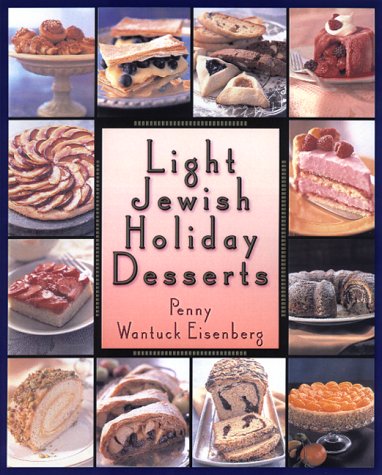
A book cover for Light Jewish Holiday Desserts; Penny W. Eisenberg; Cookbooks, Food & Wine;